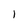
Character: 1